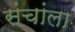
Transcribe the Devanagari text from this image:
संचांला